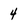
Character: 4